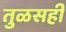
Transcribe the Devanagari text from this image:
तुळसही